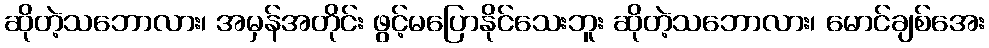
ဆိုတဲ့သဘောလား၊ အမှန်အတိုင်း ဖွင့်မပြောနိုင်သေးဘူး ဆိုတဲ့သဘောလား၊ မောင်ချစ်အေး